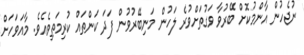
ނުޖެހުން އާންމުކޮށް ބޭރުވާ ވަގުތަށްވުރެ ލަހުން މަނިބޭރުވުން ފަދަ ކަންތައް ކުރިމަތިވެއެވެ. މާއަވަހަށް